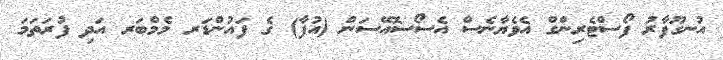
އުނގޫފާރު ފޯސްޓެރިންގް އެވެޔާނެސް އެސޯސޮއޭސަން (އުފާ) ގެ ފައުންޑަރ މެމްބަރ އަދި ފުރަތަމަ